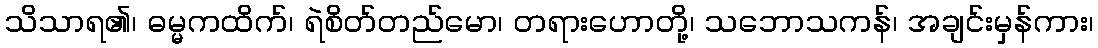
သိသာရ၏၊ ဓမ္မကထိက်၊ ရဲစိတ်တည်မော၊ တရားဟောတို့၊ သဘောသကန်၊ အချင်းမှန်ကား၊